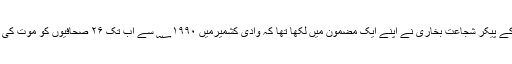
شجاعت و صداقت کے پیکر شجاعت بخاری نے اپنے ایک مضمون میں لکھا تھا کہ وادی کشمیرمیں ؁۱۹۹۰ سے اب تک ۲۶ صحافیوں کو موت کی نیند سلا دیا گیا ہے۔